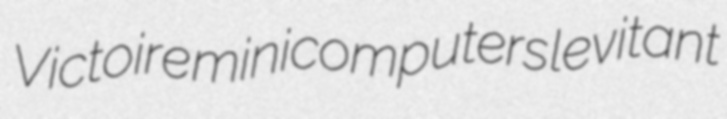
Victoire minicomputers levitant